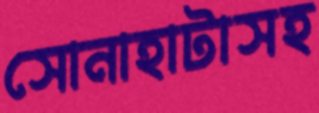
সোনাহাটাসহ